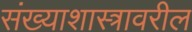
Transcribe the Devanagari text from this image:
संख्याशास्त्रावरील